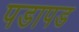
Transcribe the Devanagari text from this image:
पडापड